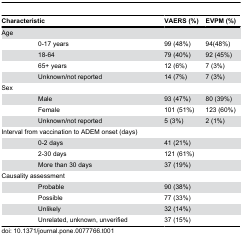
| <COLSPAN=2> Characteristic | VAERS (%) | EVPM (%) |
 | --- | --- | --- | --- |
 | Age |  |  |  |
 |  | 0-17 years | 99 (48%) | 94(48%) |
 |  | 18-64 | 79 (40%) | 92 (45%) |
 |  | 65+ years | 12 (6%) | 7 (3%) |
 |  | Unknown/not reported | 14 (7%) | 7 (3%) |
 | Sex |  |  |  |
 |  | Male | 93 (47%) | 80 (39%) |
 |  | Female | 101 (51%) | 123 (60%) |
 |  | Unknown/not reported | 5 (3%) | 2 (1%) |
 | <COLSPAN=2> Interval from vaccination to ADEM onset (days) |  |  |
 |  | 0-2 days | 41 (21%) |  |
 |  | 2-30 days | 121 (61%) |  |
 |  | More than 30 days | 37 (19%) |  |
 | <COLSPAN=2> Causality assessment |  |  |
 |  | Probable | 90 (38%) |  |
 |  | Possible | 77 (33%) |  |
 |  | Unlikely | 32 (14%) |  |
 |  | Unrelated, unknown, unverified | 37 (15%) |  |